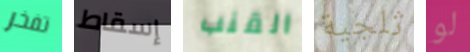
تفخر إسقاط القنب ثلجية لو